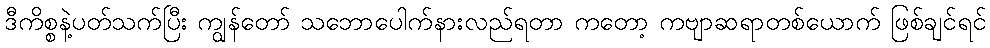
ဒီကိစ္စနဲ့ပတ်သက်ပြီး ကျွန်တော် သဘောပေါက်နားလည်ရတာ ကတော့ ကဗျာဆရာတစ်ယောက် ဖြစ်ချင်ရင်